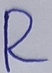
Text: R